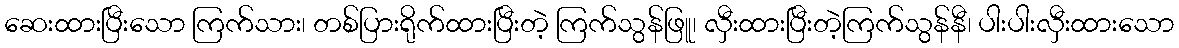
ဆေးထားပြီးသော ကြက်သား၊ တစ်ပြားရိုက်ထားပြီးတဲ့ ကြက်သွန်ဖြူ၊ လှီးထားပြီးတဲ့ကြက်သွန်နီ၊ ပါးပါးလှီးထားသော